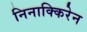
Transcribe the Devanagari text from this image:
निनाक्किरेन